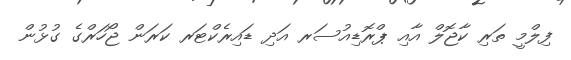
ފިލްމީ ތަރި ކާޖޮލް އާއި ޕްރޮޑިއުސަރ އަދި ޑައިރެކްޓަރ ކަރަން ޖޯހަރްގެ ގުޅުން